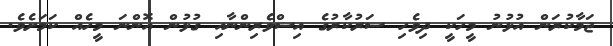
ޖަމާކުރަން އުޅުނު މީހަކީ ދިވެހި ސަރުކާރުގެ އިސްވެރިންނާއި ގުޅުން އޮންނަ މީހެއް ކަމަށެވެ.